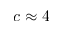
c \approx 4